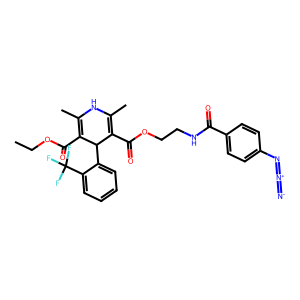
SMILES: CCOC(=O)C1=C(C)NC(C)=C(C(=O)OCCNC(=O)c2ccc(N=[N+]=[N-])cc2)C1c1ccccc1C(F)(F)F
Inhibits HIV replication: No